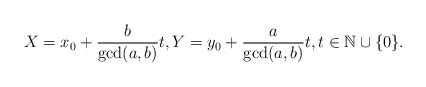
\begin{align*}X=x_0+\frac{b}{\gcd(a,b)}t, Y=y_0+\frac{a}{\gcd(a,b)}t,t\in\mathbb{N}\cup\{0\}.\end{align*}